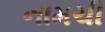
નામચી